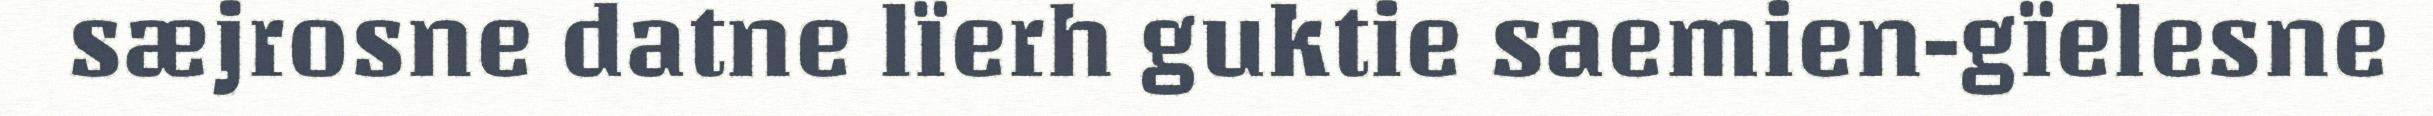
sæjrosne datne lïerh guktie saemien-gïelesne